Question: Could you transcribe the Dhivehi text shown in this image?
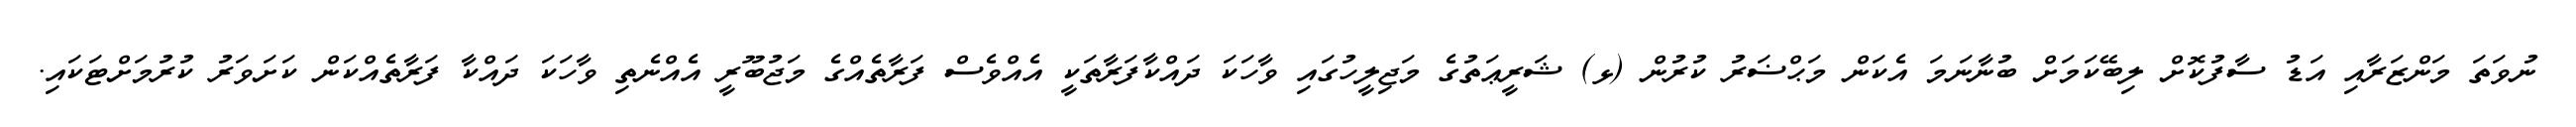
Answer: ނުވަތަ މަންޒަރާއި އަޑު ސާފުކޮށް ލިބޭކަމަށް ބުނާނަމަ އެކަން މަޙްޟަރު ކުރުން (ޅ) ޝަރީޢަތުގެ މަޖިލީހުގައި ވާހަކަ ދައްކާފަރާތަކީ އެއްވެސް ފަރާތެއްގެ މަޖުބޫރީ އެއްނެތި ވާހަކަ ދައްކާ ފަރާތެއްކަން ކަށަވަރު ކުރުމަށްޓަކައި.